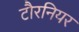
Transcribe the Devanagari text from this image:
टौरनियर